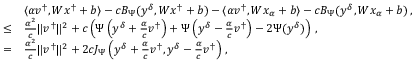
\begin{array} { r l } & { \langle \alpha v ^ { \dagger } , W x ^ { \dagger } + b \rangle - c B _ { \Psi } ( y ^ { \delta } , W x ^ { \dagger } + b ) - \langle \alpha v ^ { \dagger } , W x _ { \alpha } + b \rangle - c B _ { \Psi } ( y ^ { \delta } , W x _ { \alpha } + b ) \, , } \\ { \leq } & { \frac { \alpha ^ { 2 } } { c } \| v ^ { \dagger } \| ^ { 2 } + c \left( \Psi \left( y ^ { \delta } + \frac { \alpha } { c } v ^ { \dagger } \right) + \Psi \left( y ^ { \delta } - \frac { \alpha } { c } v ^ { \dagger } \right) - 2 \Psi ( y ^ { \delta } ) \right) \, , } \\ { = } & { \frac { \alpha ^ { 2 } } { c } \| v ^ { \dagger } \| ^ { 2 } + 2 c J _ { \Psi } \left( y ^ { \delta } + \frac { \alpha } { c } v ^ { \dagger } , y ^ { \delta } - \frac { \alpha } { c } v ^ { \dagger } \right) \, , } \end{array}